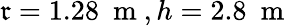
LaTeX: \mathfrak{r}=1.28~\mathrm{{~m~}},h=2.8~\mathrm{{~m~}}